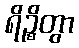
ရိဉ္စိတွာ